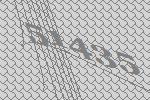
51435